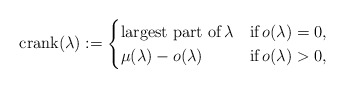
\begin{align*}\textrm{crank}(\lambda):=\begin{cases} \textrm{largest part of}\, \lambda &\textrm{if}\, o(\lambda) = 0, \\\mu(\lambda) - o(\lambda) &\textrm{if}\, o(\lambda) > 0, \end{cases}\end{align*}